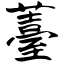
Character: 薹